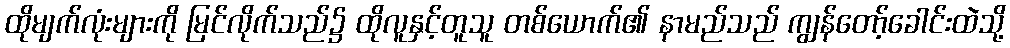
ထိုမျက်လုံးများကို မြင်လိုက်သည်၌ ထိုလူနှင့်တူသူ တစ်ယောက်၏ နာမည်သည် ကျွန်တော့်ခေါင်းထဲသို့